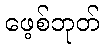
ဖေ့စ်ဘုတ်